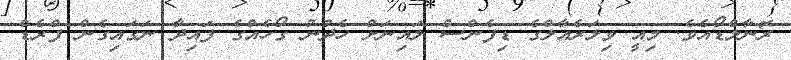
ރޮނާލްޑޯއެވެ. މިއީ ވިލަރެއާލްގެ ޑިފެންސް ލައިނަށް ހެދުނު ގޯހެއްގެ ފައިދާ ނަގައިގެން ފްރެޑް